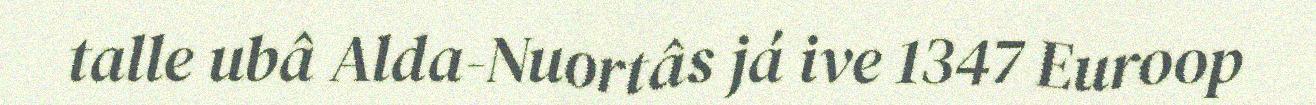
talle ubâ Alda-Nuortâs já ive 1347 Euroop